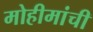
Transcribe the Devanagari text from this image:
मोहीमांची